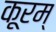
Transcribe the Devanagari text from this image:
कूरम्